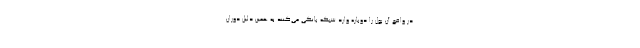
در واقع آن پول را دوباره وارد شبکه بانکی می‌کنند به همین دلیل دوران